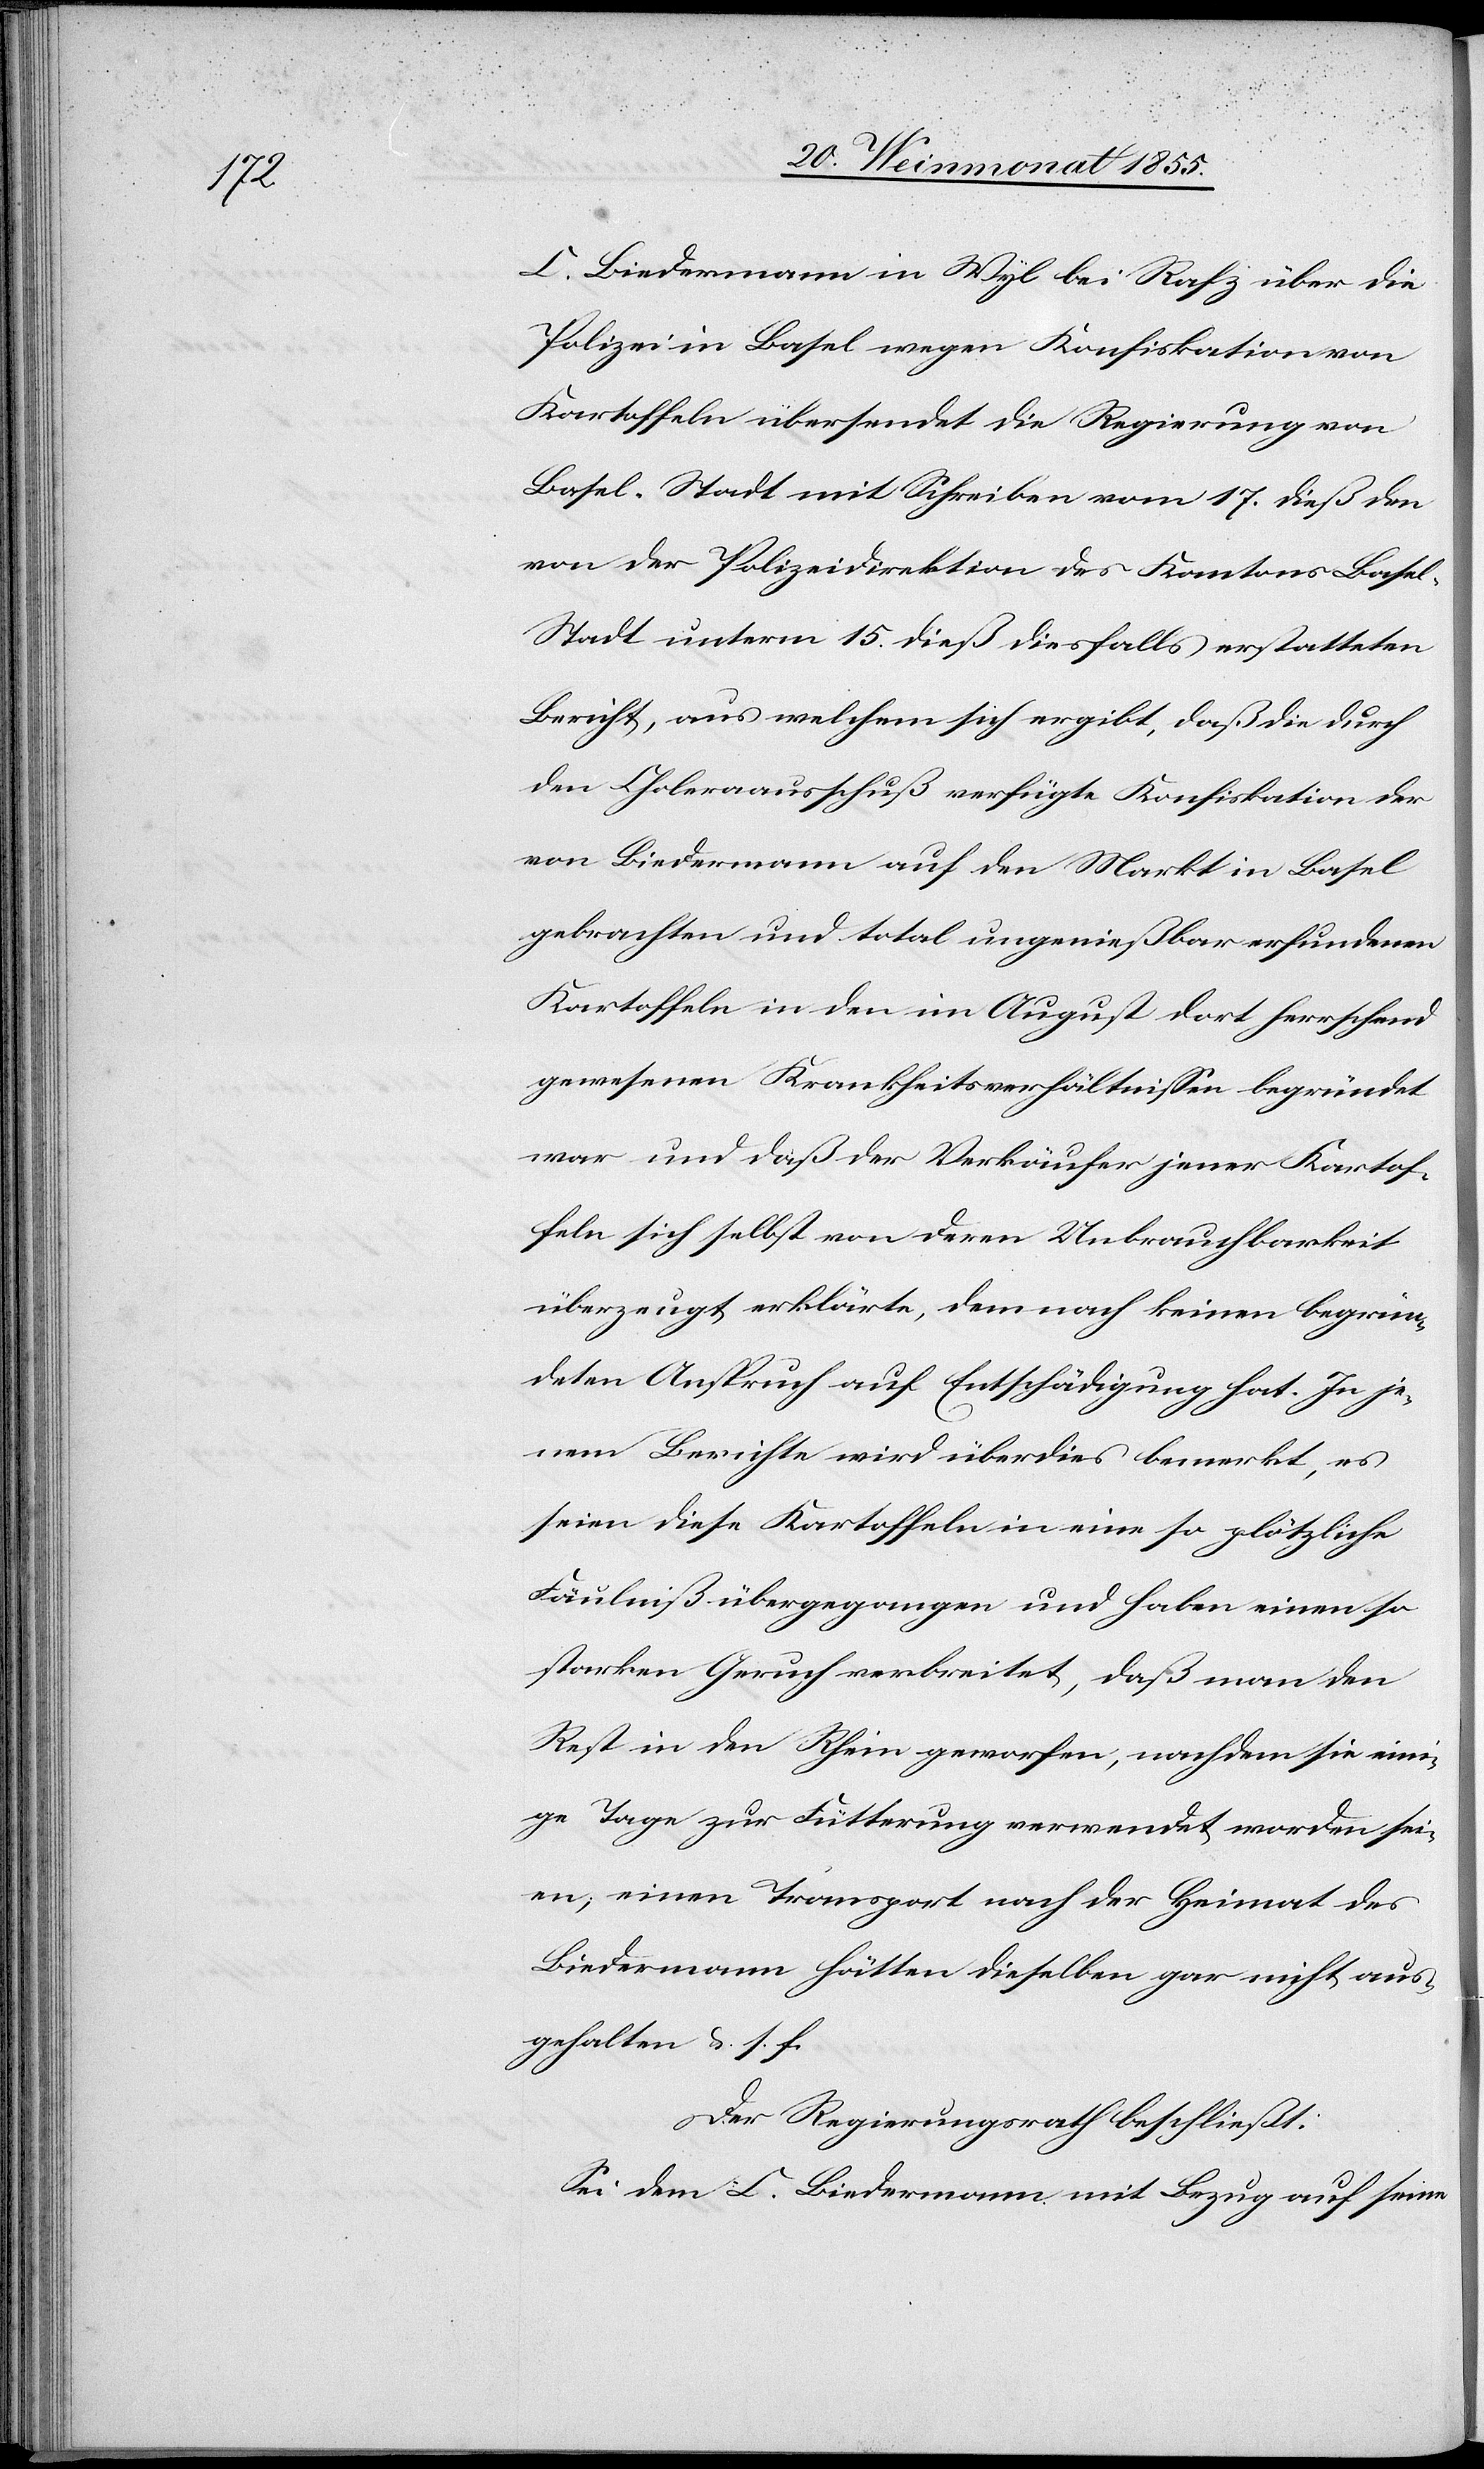
C. Biedermann in Wyl bei Rafz über die
Polizei in Basel wegen Konfiskation von
Kartoffeln übersendet die Regierung von
Basel-Stadt mit Schreiben vom 17. dieß den
von der Polizeidirektion des Kantons Base¬
l-Stadt unterm 15. dieß diesfalls erstatteten
Bericht, aus welchem sich ergibt, daß die durch
den Choleraausschuß verfügte Konfiskation der
von Biedermann auf den Markt in Basel
gebrachten und total ungenießbar erfundenen
Kartoffeln in den im August dort herrschend
gewesenen Krankheitsverhältnissen begründet
war und daß der Verkäufer jener Kartof¬
feln sich selbst von deren Unbrauchbarkeit
überzeugt erklärte, demnach keinen begrün¬
deten Anspruch auf Entschädigung hat. In je¬
nem Berichte wird überdies bemerkt, es
seien diese Kartoffeln in eine so plötzliche
Fäulniß übergegangen und haben einen so
starken Geruch verbreitet, daß man den
Rest in den Rhein geworfen, nachdem sie eini¬
ge Tage zur Fütterung verwendet worden sei¬
en; einen Transport nach der Heimat des
Biedermann hätten dieselben gar nicht aus¬
gehalten &. s. f.
Der Regierungsrath beschließt:
Sei dem C. Biedermann mit Bezug auf seine